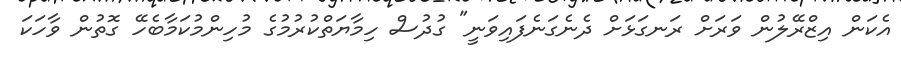
އެކަން އިޒްރޭލުން ވަރަށް ރަނގަޅަށް ދެނެގަނެފައިވަނީ" ގުދުސް ހިމާޔަތްކުރުމުގެ މުހިންމުކަމާބެހޭ ގޮތުން ވާހަކަ